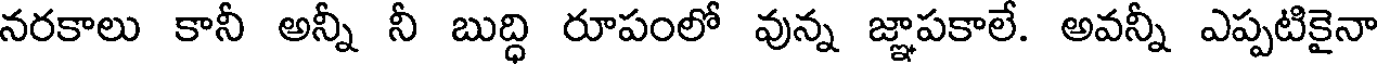
నరకాలు కానీ అన్నీ నీ బుద్ధి రూపంలో వున్న జ్ఞాపకాలే. అవన్నీ ఎప్పటికైనా